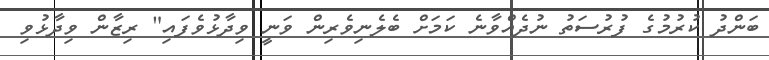
ބަންދު ކުރުމުގެ ފުރުސަތު ނުދެއްވާނެ ކަމަށް ބެލެނިވެރިން ވަނީ ވިދާޅުވެފައި" ރިޒާން ވިދާޅުވި